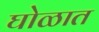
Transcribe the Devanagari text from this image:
घोळात